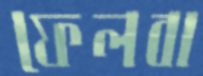
ফেলবা